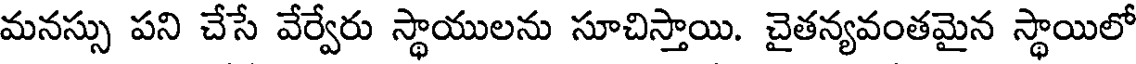
మనస్సు పని చేసే వేర్వేరు స్థాయులను సూచిస్తాయి. చైతన్యవంతమైన స్థాయిలో